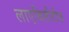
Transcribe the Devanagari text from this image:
लाएबिलीटीज़